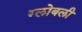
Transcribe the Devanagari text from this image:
ग्लोबली